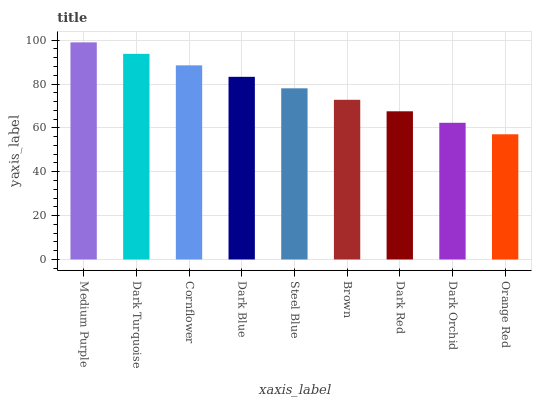
| xaxis_label | bars |
 | --- | --- |
 | Medium Purple | 99 |
 | Dark Turquoise | 93.8 |
 | Cornflower | 88.5 |
 | Dark Blue | 83.3 |
 | Steel Blue | 78 |
 | Brown | 72.8 |
 | Dark Red | 67.6 |
 | Dark Orchid | 62.3 |
 | Orange Red | 57.1 |